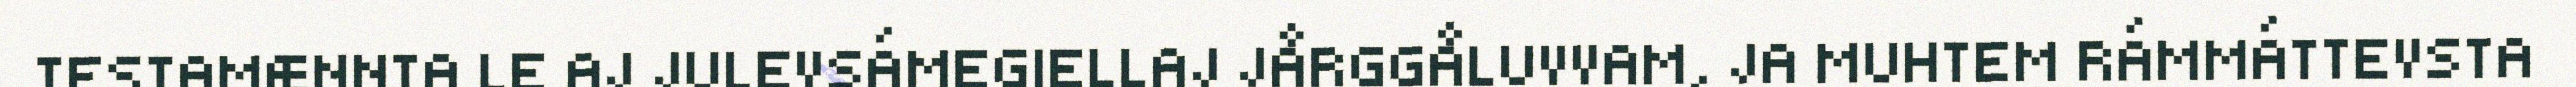
TESTAMÆNNTA LE AJ JULEVSÁMEGIELLAJ JÅRGGÅLUVVAM, JA MUHTEM RÁMMÁTTEVSTA